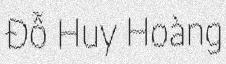
Đỗ Huy Hoàng